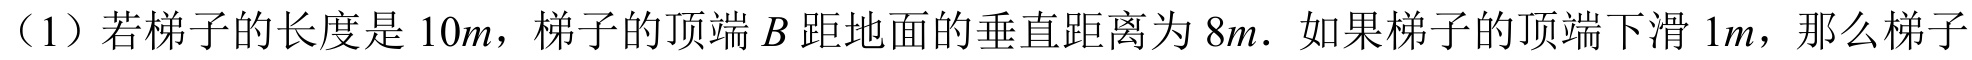
（1）若梯子的长度是\(10m\)，梯子的顶端\(B\)距地面的垂直距离为\(8m\). 如果梯子的顶端下滑\(1m\)，那么梯子